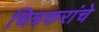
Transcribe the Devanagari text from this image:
चित्रकरांचे